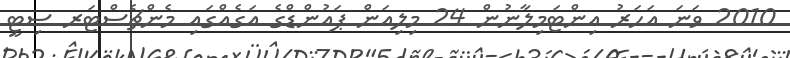
2010 ވަނަ އަހަރު އިންޓަމިލާނުން 24 މިލިއަން ޕައުންޑްގެ އަގެއްގައި މެންޗެސްޓަރ ސިޓީ